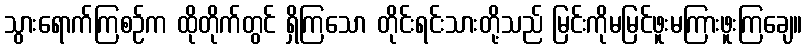
သွားရောက်ကြစဉ်က ထိုတိုက်တွင် ရှိကြသော တိုင်းရင်းသားတို့သည် မြင်းကိုမမြင်ဖူးမကြားဖူးကြချေ။